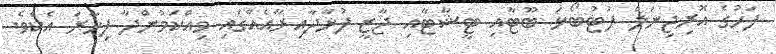
ފަހުގެ އޮރިޖިނަލް ފުޓުބޯޅަ ބޫޓާއި ޓީޝާޓާއި ޖާޒީ ފުޅާދާއިރާއެއްގައި ވިއްކަމުންދާ ފިހާރަ އެކެވެ.